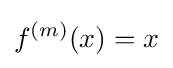
f^{(m)}(x)=x